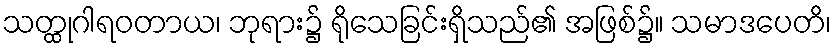
သတ္ထုဂါရဝတာယ၊ ဘုရား၌ ရိုသေခြင်းရှိသည်၏ အဖြစ်၌။ သမာဒပေတိ၊